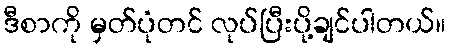
ဒီစာကို မှတ်ပုံတင် လုပ်ပြီးပို့ချင်ပါတယ်။